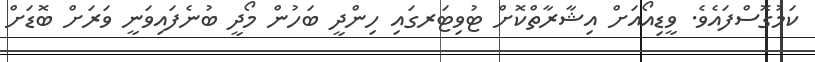
ކަމުގޮސްފައެވެ. ވީޑިއޯއަށް އިޝާރާތްކޮށް ޓުވިޓަރގައި ހިންދީ ބަހުން މޯދީ ބުނެފައިވަނީ ވަރަށް ބޮޑަށް